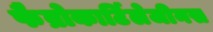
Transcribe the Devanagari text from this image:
फैब्रोकार्टिलेजीनस